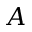
A